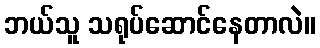
ဘယ်သူ သရုပ်ဆောင်နေတာလဲ။